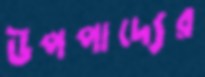
উপপাদ্যের